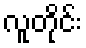
လူတိုင်း